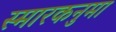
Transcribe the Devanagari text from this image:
स्मारकनुमा